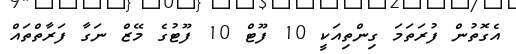
އެގޮތުން ފުރަތަމަ ގިންތިއަކީ 10 ފޫޓް 10 ފޫޓުގެ މޭޒް ނަގާ ފަރާތްތައް